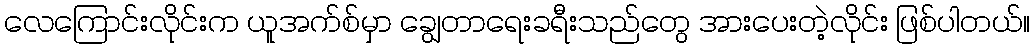
လေကြောင်းလိုင်းက ယူအက်စ်မှာ ချွေတာရေးခရီးသည်တွေ အားပေးတဲ့လိုင်း ဖြစ်ပါတယ်။